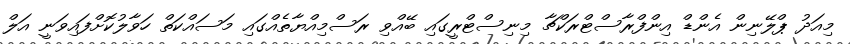
މިއަދު ޕްލޭނިން އެންޑް އިންފްރާސްޓްރަކްޗާ މިނިސްޓްރީގައި ބޭއްވި ރަސްމިއްޔާތެއްގައި މަސައްކަތް ހަވާލުކޮށްފައިވަނީ އަލް